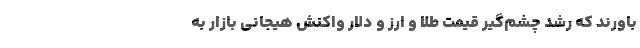
باورند که رشد چشم‌گیر قیمت طلا و ارز و دلار واکنش هیجانی بازار به